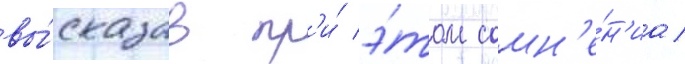
вы́сказав пр'и́ э́том сомн'е́н'иа